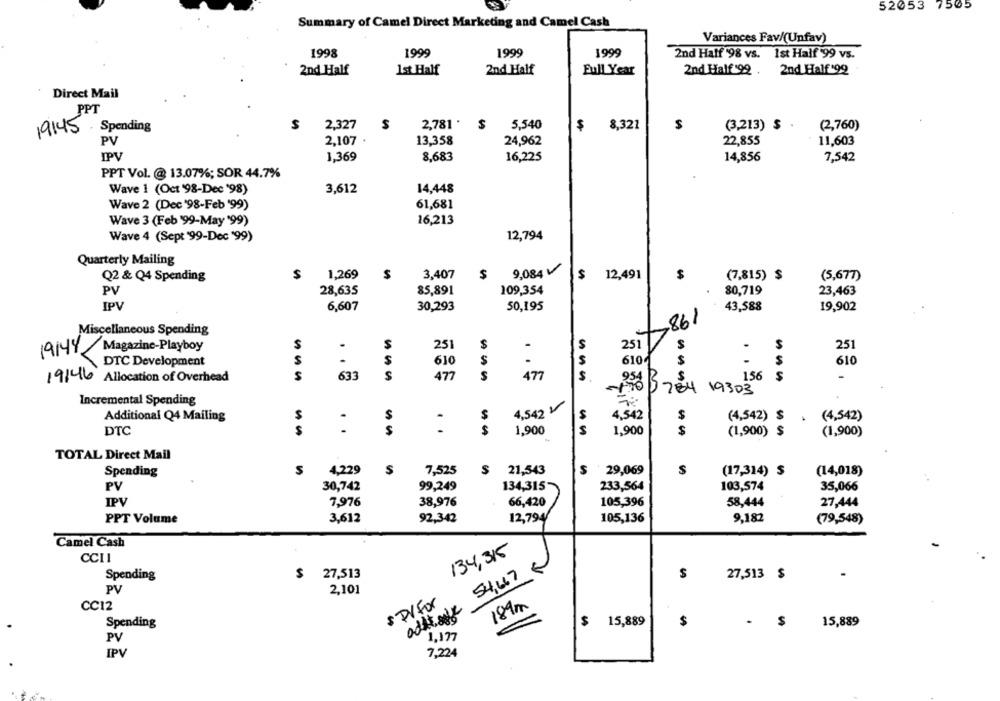
52053 7505
Summary of Camel Direct Marketing and Camel Cash
Variances Fav/(Unfav)
1998
1999
1999
1999
2nd Half '98 vs. 1st Half '99 vs.
2nd Half
Ist Half
2nd Half
Full Year
2nd Half '92 . 2nd Half 199
Direct Mail
PPT
$
2.327
S
2,781 *
$
5,540
8,321
$
(3,213) $
(2,760)
19145
Spending
$
PV
2,107
13,358
24,962
22,855
11,603
IPV
1,369
8,683
16,225
14,856
7,542
PPT Vol. @ 13.07%; SOR 44.7%
3,612
14,448
Wave 1 (Oct '98-Dec '98)
Wave 2 (Dec '98-Feb '99)
61,681
Wave 3 (Feb '99-May '99)
16,213
Wave 4 (Sept '99-Dec '99)
12,794
Quarterly Mailing
S
9,084
Q2 & Q4 Spending
1,269
$
3,407
$
$ 12,491
$
(7,815) $
(5,677)
PV
28,635
85,891
109,354
80,719
23,463
IPV
6,607
30,293
50,195
43,588
19,902
861
Miscellaneous Spending
$
.
S
251
$
S
S
251
19144 Magazine-Playboy
251
.
DTC Development
S
S
610
$
S
6104
$
S
610
S
633
S
477
S
477
S
$
156
S
19146 Allocation of Overhead
954
-1905784 19303
Incremental Spending
4,542 V
Additional Q4 Mailing
$
$
4,542
$
(4,542) $
(4,542)
DTC
..
. .
$
1,900
5
1,900
$
(1,900) $
(1,900)
TOTAL Direct Mail
Spending
$
4,229
S
7,525
$ 21,543
29,069
$
(17,314) $
(14,018)
PV
30,742
99,249
134,315-
233,564
103,574
35,066
IPV
7,976
38,976
66,420
105,396
58,444
27,444
PPT Volume
3,612
92,342
12,794
105,136
9,182
(79,548)
Camel Cash
134,31
CCII
$ 27,513
54,67
$
27,513 $
Spending
PV
2,101
$ P/for
189m
CC12
Spending
$
15,889
$
$
15,889
PV
1.177
IPV
7,224